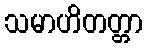
သမာဟိတတ္တာ